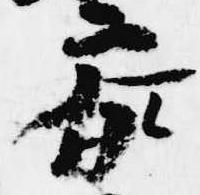
参